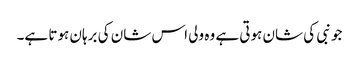
جو نبی کی شان ہوتی ہے وہ ولی اس شان کی برہان ہوتا ہے۔